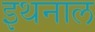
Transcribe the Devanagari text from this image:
इथनाल